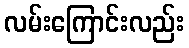
လမ်းကြောင်းလည်း